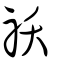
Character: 祅